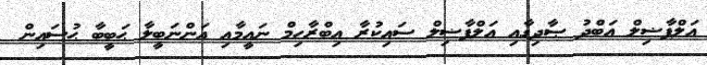
އަލްފާޟިލް ޢަބްދު ޞާދިގާއި އަލްފާޟިލް ސައިކުރާ އިބްރާހިމް ނަޢީމާއި އަންނަބީލާ ޙަބީބާ ޙުސައިން